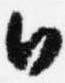
日